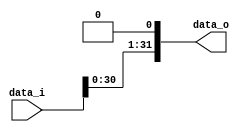
module Shift_Left_1(
    data_i,
    data_o
);

input   [31:0]  data_i;
output  [31:0]  data_o;

reg     [31:0]  data_o;

always@( data_i ) begin
    data_o = {data_i[30:0], 1'b0};
end

endmodule